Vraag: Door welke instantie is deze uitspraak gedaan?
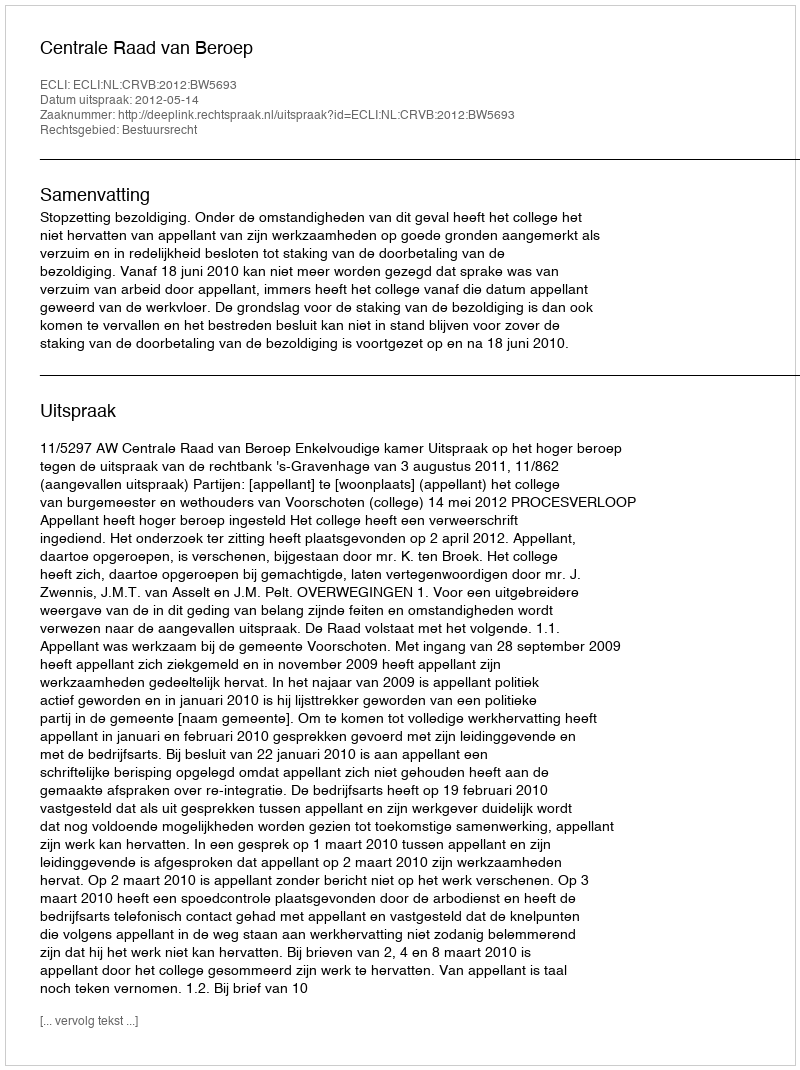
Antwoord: Centrale Raad van Beroep